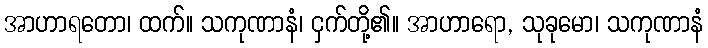
အာဟာရတော၊ ထက်။ သကုဏာနံ၊ ငှက်တို့၏။ အာဟာရော, သုခုမော၊ သကုဏာနံ